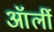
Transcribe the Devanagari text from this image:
ऑर्ली